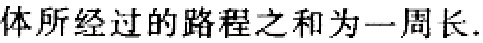
体所经过的路程之和为一周长.